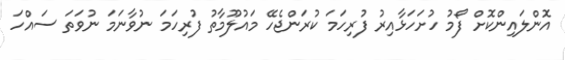
އޮންލައިންކޮށް ފޯމު ހުށަހަޅާއިރު ފުރިހަމަ ކުރަންޖެހޭ މައުލޫމާތު ފުރިހަމަ ނުވާނަމަ ނުވަތަ ސައްހަ